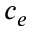
c _ { e }